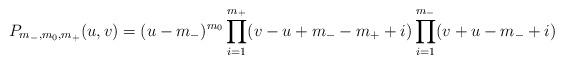
LaTeX: \begin{align*}P_{m_-,m_0,m_+}(u,v)=(u-m_-)^{m_0} \prod_{i=1}^{m_+}(v-u+m_--m_++i)\prod_{i=1}^{m_-}(v+u-m_-+i)\end{align*}